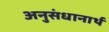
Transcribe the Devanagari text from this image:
अनुसंधानार्थ